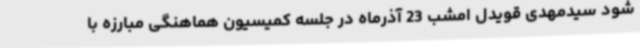
شود سیدمهدی قویدل امشب 23 آذرماه در جلسه کمیسیون هماهنگی مبارزه با